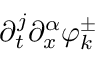
\partial _ { t } ^ { j } \partial _ { x } ^ { \alpha } \varphi _ { k } ^ { \pm }